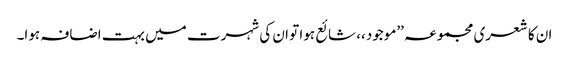
ان کا شعری مجموعہ ’’موجود،، شائع ہوا تو ان کی شہرت میں بہت اضافہ ہوا۔